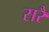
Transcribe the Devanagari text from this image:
सरै